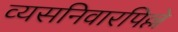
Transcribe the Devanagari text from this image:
व्यसनिवारपिल्ले